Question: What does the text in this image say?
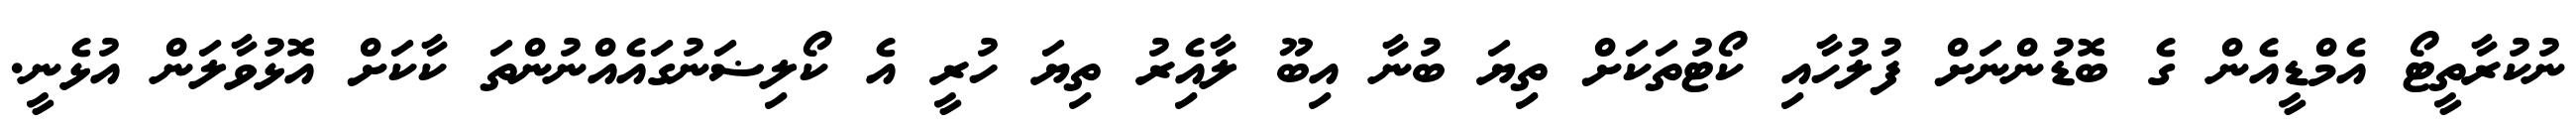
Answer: ނުކުރާތީޓޯ އެމްޑީއެން ގެ ބޮޑުންނަށް ފުލުހާއި ކޯޓުތަކަށް ތިޔަ ބުނާ އިބޫ ލާއެިރު ތިޔަ ހުރީ އެ ކޯލިޟަނުގައެއްނުންތަ ކާކަށް އޮޅުވާލަން އުޅެނީ.